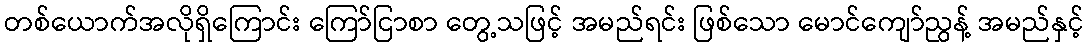
တစ်ယောက်အလိုရှိကြောင်း ကြော်ငြာစာ တွေ့သဖြင့် အမည်ရင်း ဖြစ်သော မောင်ကျော်ညွန့် အမည်နှင့်